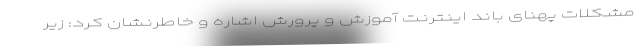
مشکلات پهنای باند اینترنت آموزش و پرورش اشاره و خاطرنشان کرد: زیر